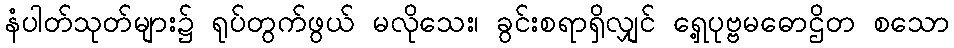
နံပါတ်သုတ်များ၌ ရုပ်တွက်ဖွယ် မလိုသေး၊ ခွင်းစရာရှိလျှင် ရှေ့ပုဗ္ဗမဓောဌိတ စသော